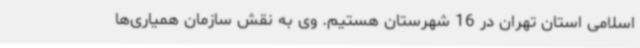
اسلامی استان تهران در 16 شهرستان هستیم. وی به نقش سازمان همیاری‌ها